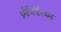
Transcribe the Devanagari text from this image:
इमैजिनेरियम